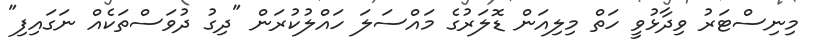
މިނިސްޓަރު ވިދާޅުވީ ހަތް މިލިއަން ޑޮލަރުގެ މައްސަލަ ހައްލުކުރަން "ދިގު ދުވަސްތަކެއް ނަގައިފި"